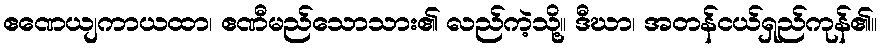
ဧဏေယျကာယထာ၊ ဧဏီမည်သောသား၏ လည်ကဲ့သို့။ ဒီဃာ၊ အတန်ငယ်ရှည်ကုန်၏။